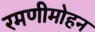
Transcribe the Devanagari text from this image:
रमणीमोहन